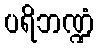
ပရိဘဏ္ဍံ